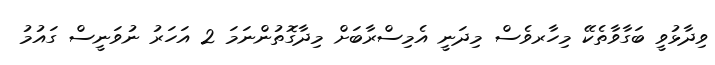
ވިދާޅުވީ ބަގާވާތެކޭ މިހާރވެސް މިދަނީ އެމިސްރާބަށް މިދާގޮތުންނަމަ 2 އަހަރު ނުވަނީސް ގައުމު